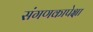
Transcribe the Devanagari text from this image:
संगणकापेक्षा